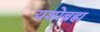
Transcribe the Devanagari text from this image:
यशोब्रह्म